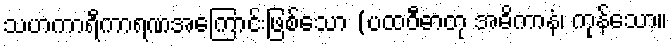
သဟကာရီကာရဏအကြောင်းဖြစ်သော (ပထဝီဓာတု အဓိကာနံ၊ ကုန်သော။